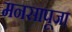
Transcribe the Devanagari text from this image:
मनसापूजा